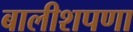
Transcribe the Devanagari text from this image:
बालीशपणा